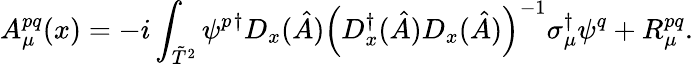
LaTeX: A_{\mu}^{pq}(x)=-i\int_{\tilde{T}^{2}}\psi^{p}{}^{\dagger}D_{x}(\hat{A})\left(D_{x}^{\dagger}(\hat{A})D_{x}(\hat{A})\right)^{-1}\sigma_{\mu}^{\dagger}\psi^{q}+R_{\mu}^{pq}.